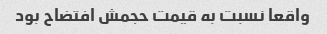
واقعا نسبت به قیمت حجمش افتضاح بود